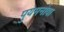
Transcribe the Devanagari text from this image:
पुयेमनोवा